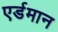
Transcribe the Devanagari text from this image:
एर्डमान